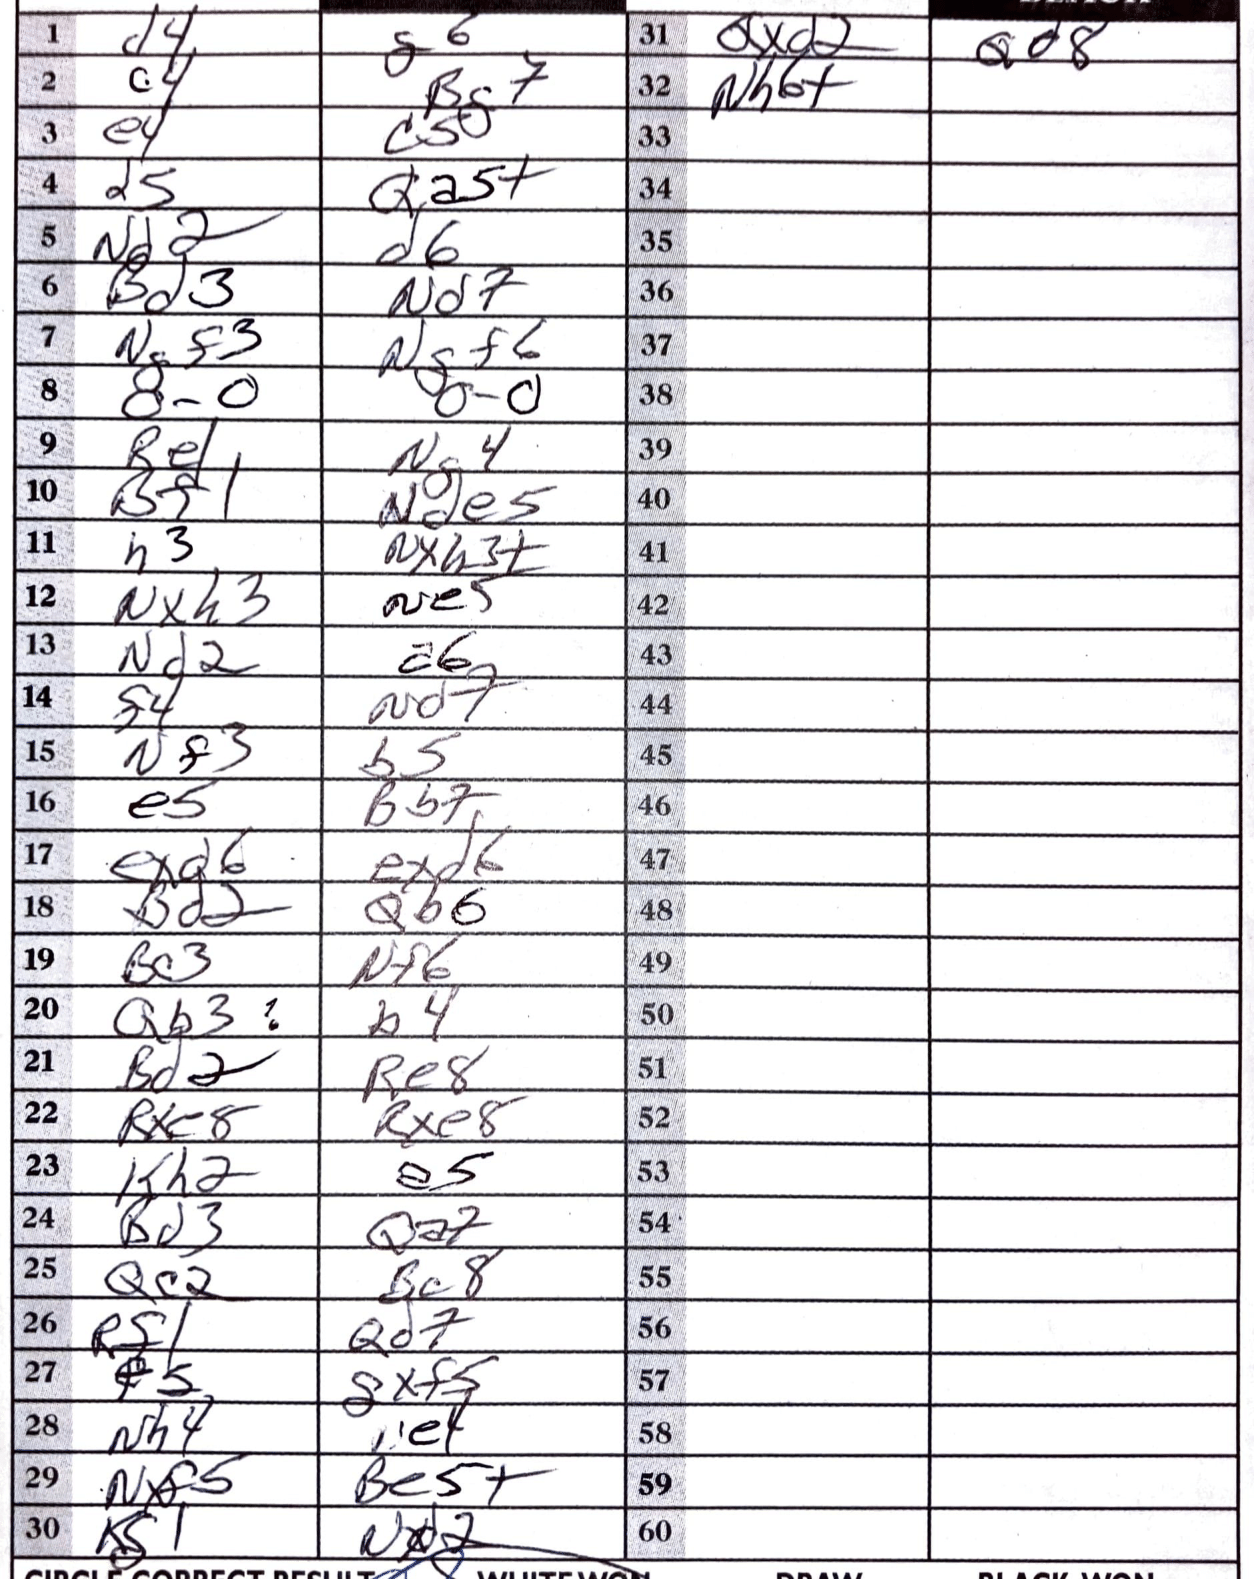
Moves: d4 g6 c4 Bg7 e4 c5 d5 Qa5+ Nd2 d6 Bd3 Nd7 Ngf3 Ngf6 O-O O-O Re1 Ng4 Bf1 Nde5 h3 Nxh3+ Nxh3 Ne5 Nd2 a6 d4 Nd7 Nf3 b5 e5 Bb7 exd6 exd6 Bd2 Qb6 Bc3 Nf6 Qb3 b4 Bd2 Re8 Rxe8 Rxe8 Kh2 e5 Bd3 Qa7 Qc2 Bc8 Rf1 Qd7 e5 gxf5 Nh4 e4 Nxf5 Be5+ Kg1 Nxd2 Qxd2 Qd8 Nh6+